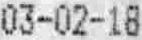
03-02-18